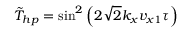
\tilde { T } _ { h p } = \sin ^ { 2 } \left( 2 \sqrt { 2 } k _ { x } v _ { x 1 } \tau \right)